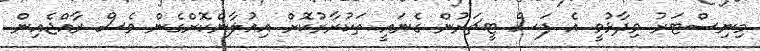
މިނިސްޓަރު ވިދާޅުވީ އެ ފަސް ޓީޗަރުން ގެނައީ ތަކުރާރުކޮށް އިއުލާންކޮށްގެން ވެސް ރާއްޖެއިން